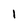
Character: 1